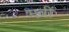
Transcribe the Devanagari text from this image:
मवीं